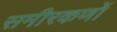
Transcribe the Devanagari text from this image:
समीरकणों